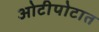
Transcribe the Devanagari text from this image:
ओटीपोटात